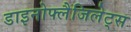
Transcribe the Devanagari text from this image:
डाइनोफ्लैजिलेट्स